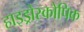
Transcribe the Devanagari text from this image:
हाइड्रोस्कोपिक